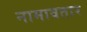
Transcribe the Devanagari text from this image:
नामावतार